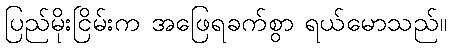
ပြည်မိုးငြိမ်းက အဖြေရခက်စွာ ရယ်မောသည်။